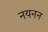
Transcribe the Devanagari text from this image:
नयनन